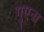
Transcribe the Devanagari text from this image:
गुएना